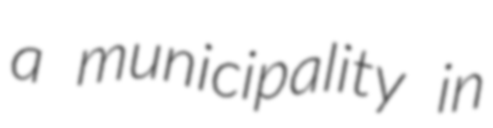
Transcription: a municipality in